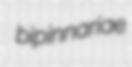
bipinnariae